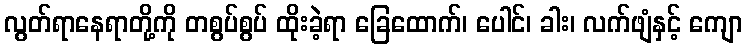
လွတ်ရာနေရာတို့ကို တစွပ်စွပ် ထိုးခဲ့ရာ ခြေထောက်၊ ပေါင်၊ ခါး၊ လက်ဖျံနှင့် ကျော